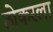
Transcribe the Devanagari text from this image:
ठोकरला